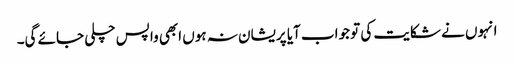
انہوں نے شکایت کی تو جواب آیا پریشان نہ ہوں ابھی واپس چلی جائے گی۔